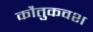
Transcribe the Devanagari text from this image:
कौतुकवश